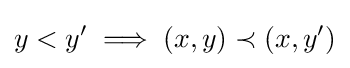
y<y'\implies (x,y)\prec (x,y')